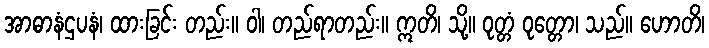
အာဓာနံဌပနံ၊ ထားခြင်း တည်း။ ဝါ၊ တည်ရာတည်း။ ဣတိ၊ သို့။ ဝုတ္တံ ဝုတ္တော၊ သည်။ ဟောတိ၊